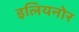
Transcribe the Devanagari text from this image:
इलियनोर